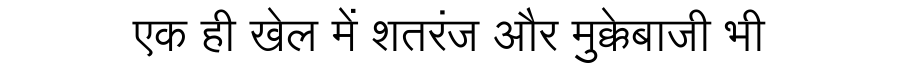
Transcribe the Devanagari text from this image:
एक ही खेल में शतरंज और मुक्केबाजी भी